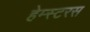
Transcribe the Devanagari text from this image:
हेम्स्टरस